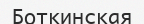
Боткинская